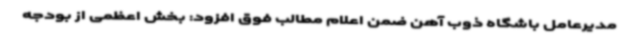
مدیرعامل باشگاه ذوب آهن ضمن اعلام مطالب فوق افزود: بخش اعظمی از بودجه